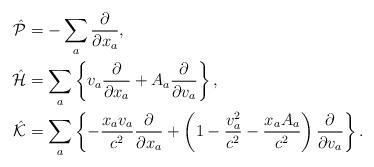
LaTeX: \begin{align*}\hat{\cal P}&=-\sum_a\frac{\partial}{\partial x_a},\\\hat{\cal H}&=\sum_a\left\{v_a\frac{\partial}{\partial x_a}+A_a\frac{\partial}{\partial v_a}\right\},\\\hat{\cal K}&=\sum_a\left\{-\frac{x_av_a}{c^2}\frac{\partial}{\partial x_a}+\left(1-\frac{v_a^2}{c^2}-\frac{x_aA_a}{c^2}\right)\frac{\partial}{\partial v_a}\right\}.\end{align*}